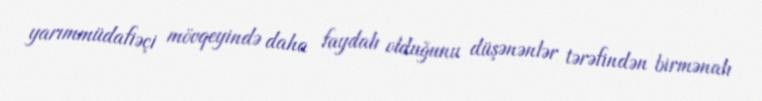
yarımmüdafiəçi mövqeyində daha faydalı olduğunu düşənənlər tərəfindən birmənalı